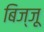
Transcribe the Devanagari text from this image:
बिज्‍जू